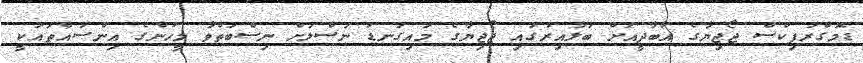
ޑެމޮގްރަފިކްސް ޖޯޖިޔާގެ އާބާދީއަށް ބަލާއިރުގައި ޖޯޖިޔާގެ މައިގަނޑު ނަސްލަށް ނިސްބަތްވާ މީހުންގެ އިންސައްތައަކީ